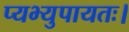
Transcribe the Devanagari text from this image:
प्यभ्युपायतः।